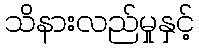
သိနားလည်မှုနှင့်